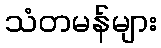
သံတမန်များ